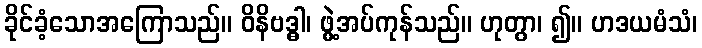
ခိုင်ခံ့သောအကြောသည်။ ဝိနိဗဒ္ဓါ၊ ဖွဲ့အပ်ကုန်သည်။ ဟုတွာ၊ ၍။ ဟဒယမံသံ၊